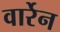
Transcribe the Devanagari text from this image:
वार्रेन